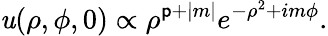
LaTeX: \mathit{u}(\rho,\phi,0)\propto\rho^{{\mathsf{{p}}}+|m|}e^{-\rho^{2}+im\phi}.